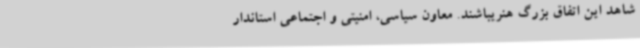
شاهد این اتفاق بزرگ هنریباشند. معاون سیاسی، امنیتی و اجتماعی استاندار